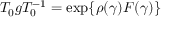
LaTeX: T _ { 0 } g T _ { 0 } ^ { - 1 } = \exp \{ \rho ( \gamma ) F ( \gamma ) \}